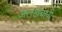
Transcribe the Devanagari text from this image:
अलखबानी